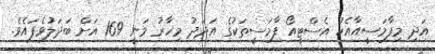
އަދި މިފާމަސީއާއެކު އެސްޓީއޯ ފާމަސީތަކުގެ އަދަދު މިހާރު ވަނީ 169 އަށް ބަދަލުވެފައެވެ.